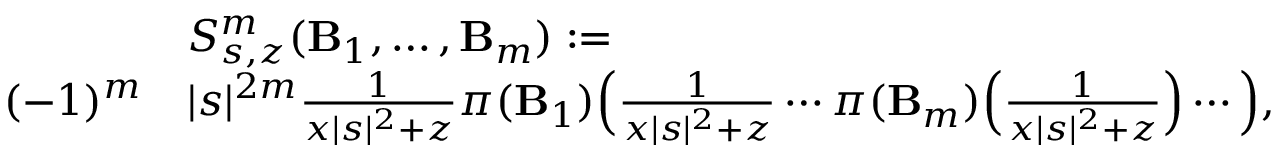
\begin{array} { r l } & { S _ { s , z } ^ { m } ( \mathbf { B } _ { 1 } , \ldots , \mathbf { B } _ { m } ) : = } \\ { ( - 1 ) ^ { m } } & { | s | ^ { 2 m } \frac { 1 } { x | s | ^ { 2 } + z } \pi ( \mathbf { B } _ { 1 } ) \Big ( \frac { 1 } { x | s | ^ { 2 } + z } \cdots \pi ( \mathbf { B } _ { m } ) \Big ( \frac { 1 } { x | s | ^ { 2 } + z } \Big ) \cdots \Big ) , } \end{array}